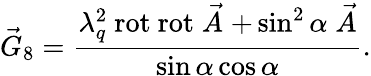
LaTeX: \stackrel{\rightarrow}{G}_{8}=\frac{\lambda_{q}^{2}~\mathrm{rot}~\mathrm{rot}\stackrel{\rightarrow}{A}+\sin^{2}\alpha\stackrel{\rightarrow}{A}}{\sin\alpha\cos\alpha}.